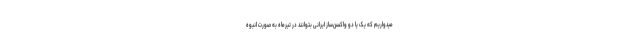
میدواریم که یک یا دو واکسن‌ساز ایرانی بتوانند در تیرماه به صورت انبوه